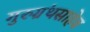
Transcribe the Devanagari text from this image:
गुरुग्रंथसाहेब